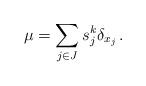
LaTeX: \begin{align*} \mu = \sum_{j\in J } s_j^k \delta_{x_j}\, .\end{align*}